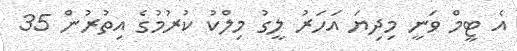
އެ ޓީމް ވަނީ މިދިޔަ އަހަރު ލީގު މިލްކު ކުރުމުގެ އިތުރުން 35